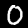
Label: 0